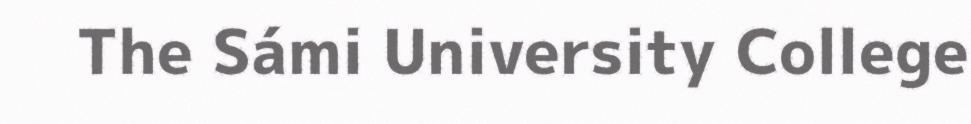
The Sámi University College